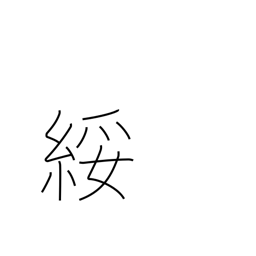
Meaning: cheap